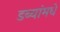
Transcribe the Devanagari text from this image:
डब्यांमधे